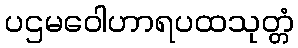
ပဌမဝေါဟာရပထသုတ္တံ